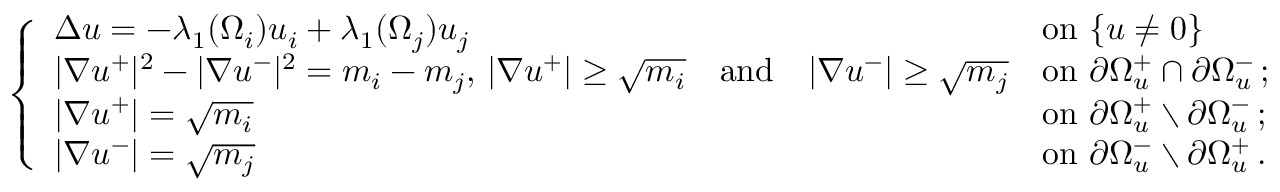
\left\{ \begin{array} { l l } { \Delta u = - \lambda _ { 1 } ( \Omega _ { i } ) u _ { i } + \lambda _ { 1 } ( \Omega _ { j } ) u _ { j } \qquad } & { \mathrm { o n ~ } \{ u \ne 0 \} } \\ { | \nabla u ^ { + } | ^ { 2 } - | \nabla u ^ { - } | ^ { 2 } = m _ { i } - m _ { j } , \, | \nabla u ^ { + } | \ge \sqrt { m _ { i } } \quad \mathrm { a n d } \quad | \nabla u ^ { - } | \ge \sqrt { m _ { j } } } & { \mathrm { o n ~ } \partial \Omega _ { u } ^ { + } \cap \partial \Omega _ { u } ^ { - } \, ; } \\ { | \nabla u ^ { + } | = \sqrt { m _ { i } } } & { \mathrm { o n ~ } \partial \Omega _ { u } ^ { + } \setminus \partial \Omega _ { u } ^ { - } \, ; } \\ { | \nabla u ^ { - } | = \sqrt { m _ { j } } } & { \mathrm { o n ~ } \partial \Omega _ { u } ^ { - } \setminus \partial \Omega _ { u } ^ { + } \, . } \end{array} \right.